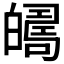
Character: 𤾦